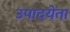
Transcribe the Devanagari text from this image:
उपादयेता